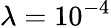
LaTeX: \lambda=10^{-4}